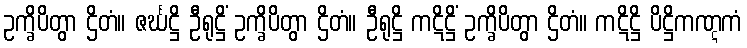
ဥက္ခိပိတွာ ဌိတံ။ ဇင်္ဃဋ္ဌိ ဦရုဋ္ဌိံ ဥက္ခိပိတွာ ဌိတံ။ ဦရုဋ္ဌိ ကဋိဋ္ဌိံ ဥက္ခိပိတွာ ဌိတံ။ ကဋိဋ္ဌိ ပိဋ္ဌိကဏ္ဋကံ